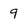
Character: 9